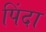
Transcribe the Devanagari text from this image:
पिंदा